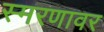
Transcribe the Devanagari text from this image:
स्मरणावर